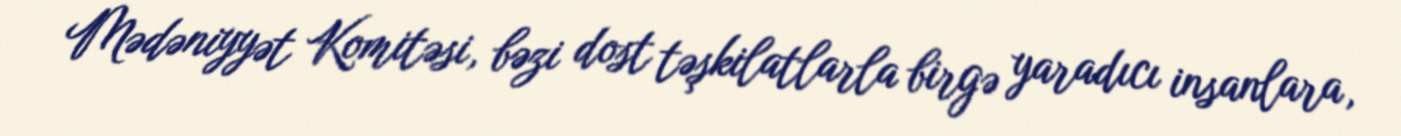
Mədəniyyət Komitəsi, bəzi dost təşkilatlarla birgə yaradıcı insanlara,